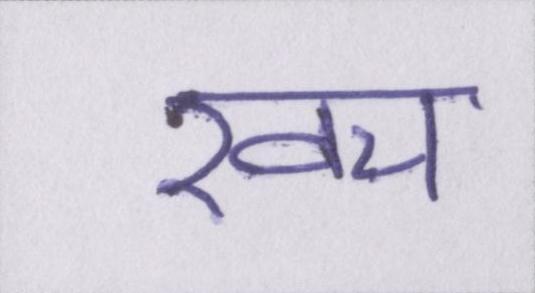
खच॔